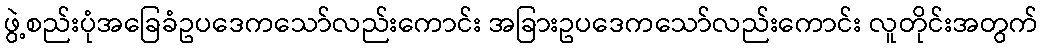
ဖွဲ့စည်းပုံအခြေခံဥပဒေကသော်လည်းကောင်း အခြားဥပဒေကသော်လည်းကောင်း လူတိုင်းအတွက်